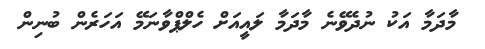
މާދަމާ އަކު ނުދެވޭނެ މާދަމާ ލައީއަށް ހެލްޕްވާނަމޭ އަހަރެން ބުނިން